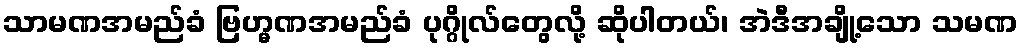
သာမဏအမည်ခံ ဗြဟ္မဏအမည်ခံ ပုဂ္ဂိုလ်တွေလို့ ဆိုပါတယ်၊ အဲဒီအချို့သော သမဏ